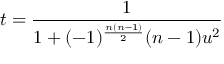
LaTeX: t = { \frac { 1 } { 1 + ( - 1 ) ^ { \frac { n ( n - 1 ) } { 2 } } ( n - 1 ) u ^ { 2 } } }